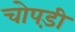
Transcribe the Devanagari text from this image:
चोपड़ी